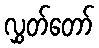
လွှတ်တော်